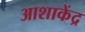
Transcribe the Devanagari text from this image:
आशाकेंद्र